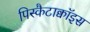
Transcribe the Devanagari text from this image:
पिस्कैटाक्वॉइस